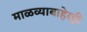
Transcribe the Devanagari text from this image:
माळव्याबाहेरही